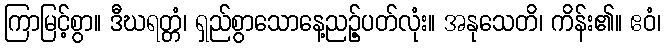
ကြာမြင့်စွာ။ ဒီဃရတ္တံ၊ ရှည်စွာသောနေ့ညဉ့်ပတ်လုံး။ အနုသေတိ၊ ကိန်း၏။ ဧဝံ၊